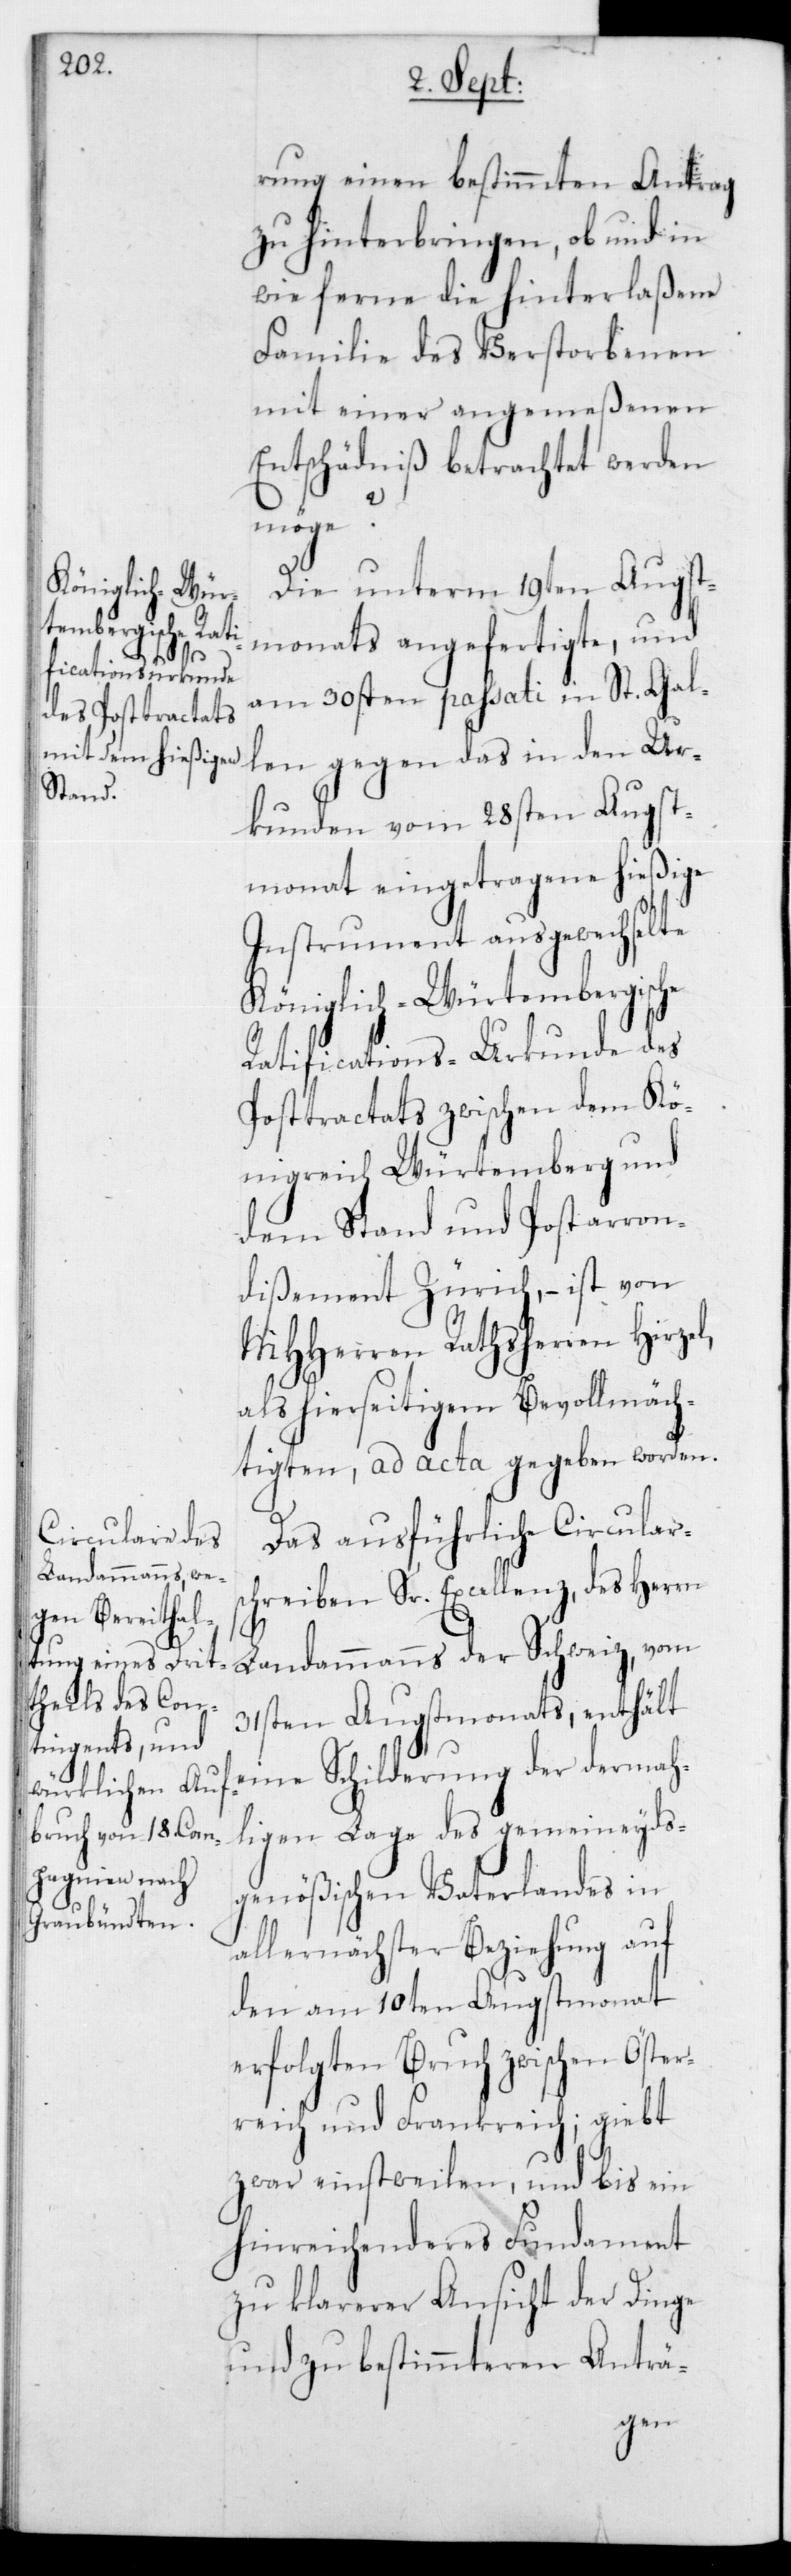
rung einen bestimmten Antrag
zu hinterbringen, ob und in
wie ferne die hinterlaßene
Familie des Verstorbenen
mit einer angemeßenen
Entschädniß betrachtet werden
möge?
Die unterm 19ten Augst¬
monats angefertigte, und
am 30sten passati in St. Gal¬
len gegen das in den Ur¬
kunden vom 28sten Augst¬
monat eingetragene hießige
Instrument ausgewechselte
Königlich-Würtembergische
Ratifications-Urkunde des
Posttractats zwischen dem Kö¬
nigreich Würtemberg und
demStand und Postarron¬
dißement Zürich, – ist von
MHHerren Rathsherren Hirzel,
als hierseitigem Bevollmäch¬
tigten, ad acta gegeben worden.
Das ausführliche Circulars¬
chreiben Sr. Excellenz,des Herrn
Landammanns der Schweiz, vom
31sten Augstmonats, enthält
eine Schilderung der dermah¬
ligen Lage des gemeineyds¬
genößischen Vaterlandes in
allernächster Beziehung auf
den am 10ten Augstmonat
erfolgten Bruch zwischen Öster¬
reich und Frankreich; giebt
zwar einstweilen, und bis ein
hinreichenderes Fundament
zu klarerer Ansicht der Dinge
und zu bestimmteren Anträ-